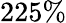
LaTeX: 225\%